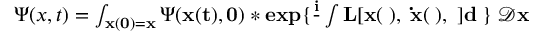
\begin{array} { r } { \Psi ( x , t ) = \int _ { \bf x ( 0 ) = x } \Psi ( \bf x ( t ) , 0 ) * e x p \{ \frac { i } { \hbar } \int L [ \bf x ( \tau ) , \; \bf \dot { x } ( \tau ) , \tau ] d \tau \} \mathcal \; \mathcal D \bf x } \end{array}